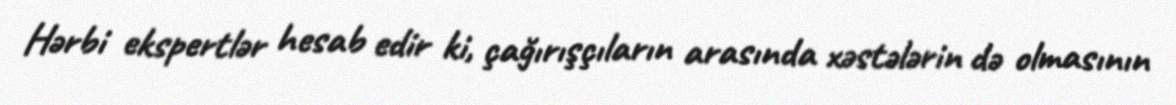
Hərbi ekspertlər hesab edir ki, çağırışçıların arasında xəstələrin də olmasının